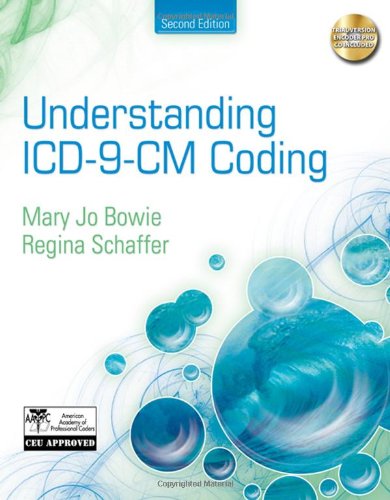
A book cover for Understanding ICD-9-CM Coding: A Worktext; Mary Jo Bowie; Medical Books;